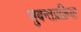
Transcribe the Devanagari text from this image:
सुबन्तप्रक्रिया